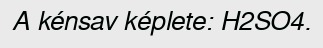
A kénsav képlete: H2SO4.